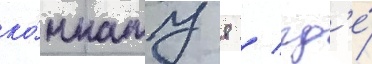
ко́мнату 8 / гд'е́